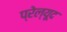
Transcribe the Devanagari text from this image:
प्रेल्यूद